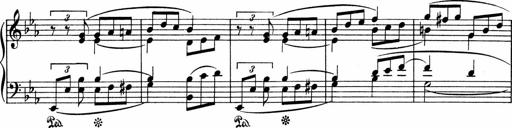
Title: 3 Sonatinen fÃ¼r Pianoforte
Composer: Fritz von Bose